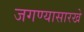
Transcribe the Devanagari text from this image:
जगण्यासारखे